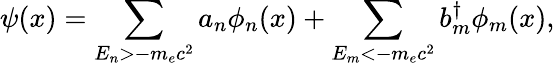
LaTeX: \psi(x)=\sum_{E_{n}>-m_{e}c^{2}}a_{n}\phi_{n}(x)+\sum_{E_{m}<-m_{e}c^{2}}b_{m}^{\dagger}\phi_{m}(x),